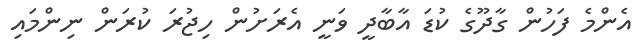
އެންމެ ފަހުން ގާދޫގެ ކުޑަ އާބާދީ ވަނީ އެރަށުން ހިޖުރަ ކުރަން ނިންމައި